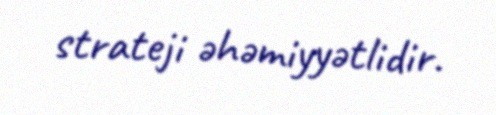
strateji əhəmiyyətlidir.